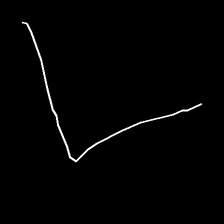
Glyph: region